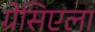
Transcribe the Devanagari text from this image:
ग्रेसिएला